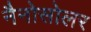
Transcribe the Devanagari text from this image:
नैनोसोलर